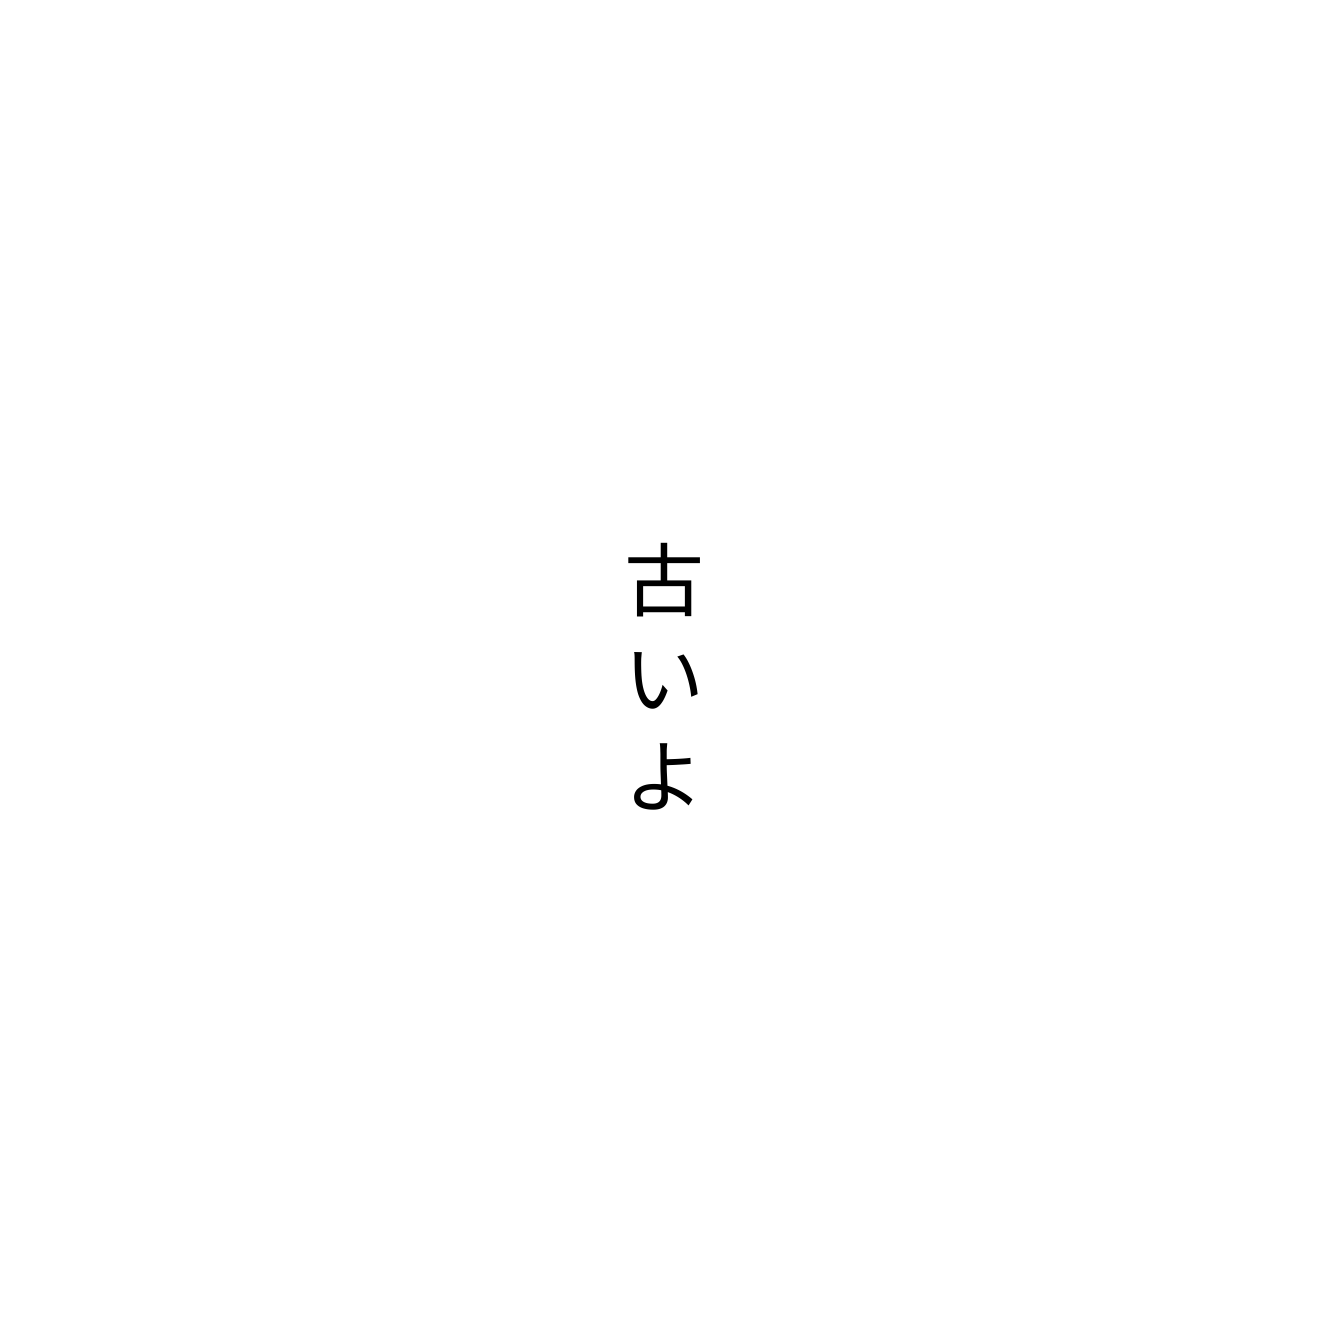
古いよ